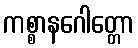
ကစ္စာနဂေါတ္တော